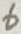
Text: 6